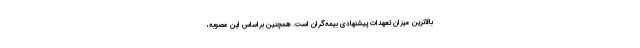
بالاترین میزان تعهدات پیشنهادی بیمه‌گران است. همچنین براساس این مصوبه،